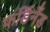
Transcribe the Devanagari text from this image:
फर्डिनँड